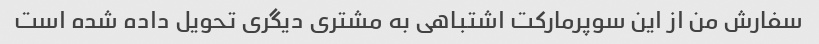
سفارش من از این سوپرمارکت اشتباهی به مشتری دیگری تحویل داده شده است